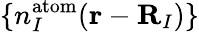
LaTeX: \{ n_{I}^{\mathrm{atom}}({\mathbf r}-{\mathbf R}_{I})\}